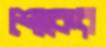
শোকের